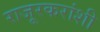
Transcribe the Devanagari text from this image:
राजूरकरांशी